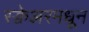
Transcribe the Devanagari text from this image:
स्क्वेअरमधून